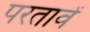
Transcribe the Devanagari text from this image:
परतावें